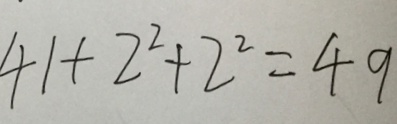
4 1 + 2 ^ { 2 } + 2 ^ { 2 } = 4 9